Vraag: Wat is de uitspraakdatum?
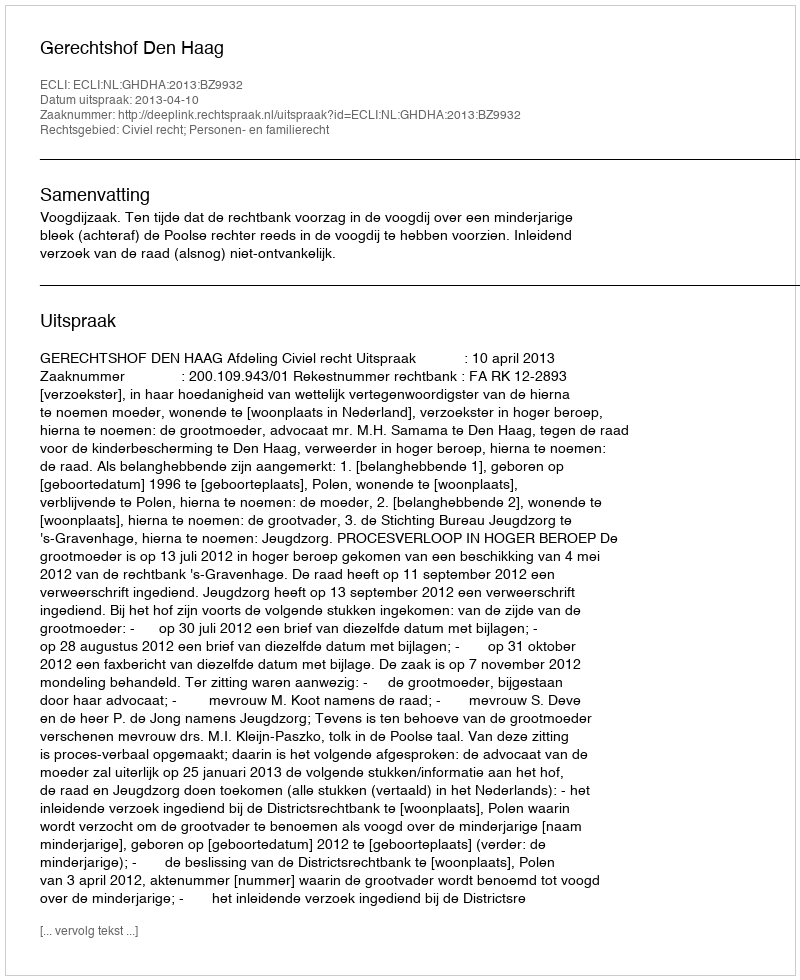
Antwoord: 2013-04-10